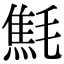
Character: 㲬